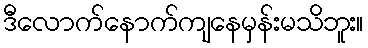
ဒီလောက်နောက်ကျနေမှန်းမသိဘူး။